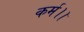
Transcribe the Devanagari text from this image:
कर्म।।